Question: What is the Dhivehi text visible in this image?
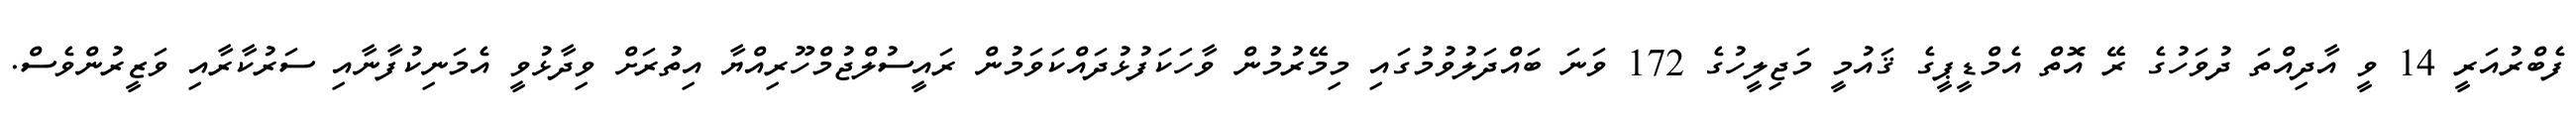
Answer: ފެބްރުއަރީ 14 ވީ އާދިއްތަ ދުވަހުގެ ރޭ އޮތް އެމްޑީޕީގެ ޤައުމީ މަޖިލީހުގެ 172 ވަނަ ބައްދަލުވުމުގައި މިމޭރުމުން ވާހަކަފުޅުދައްކަވަމުން ރައީސުލްޖުމްހޫރިއްޔާ އިތުރަށް ވިދާޅުވީ އެމަނިކުފާނާއި ސަރުކާރާއި ވަޒީރުންވެސް.